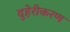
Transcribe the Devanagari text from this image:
दुहेरीकरण